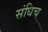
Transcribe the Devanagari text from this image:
संधिच